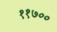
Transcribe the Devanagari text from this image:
११७००